Plague in India, 1896, 1897 - Volume 2
Year: 1896
Disease focus: Plague
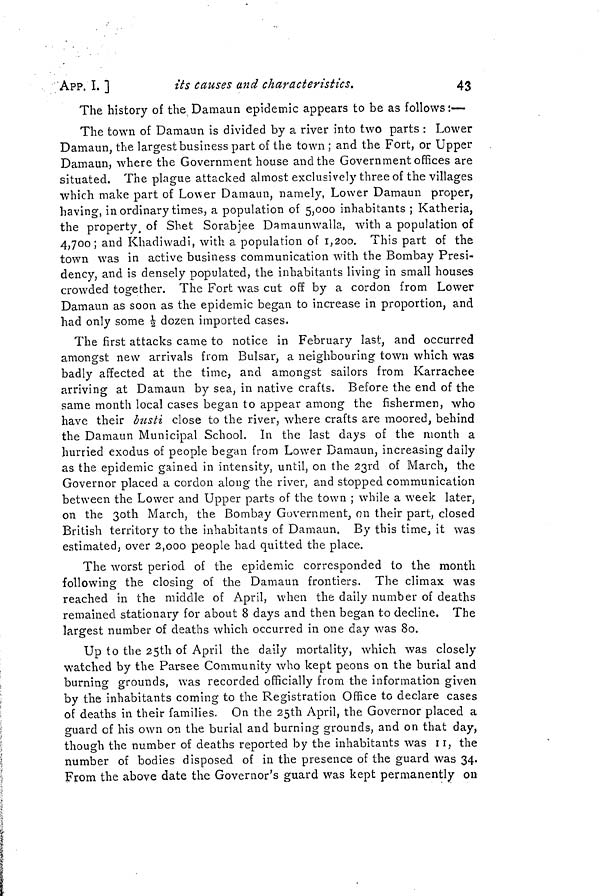
43
APP. I. ]
its causes and characteristics.
The history of the Damaun epidemic appears to be as follows:—
The town of Damaun is divided by a river into two parts : Lower
Damaun, the largest business part of the town ; and the Fort, or Upper
Damaun, where the Government house and the Government offices are
situated. The plague attacked almost exclusively three of the villages
which make part of Lower Damaun, namely, Lower Damaun proper,
having, in ordinary times, a population of 5,000 inhabitants ; Katheria,
the property, of Shet Sorabjee Damaunwalla, with a population of
4,700; and Khadiwadi, with a population of 1,200. This part of the
town was in active business communication with the Bombay Presi-
dency, and is densely populated, the inhabitants living in small houses
crowded together. The Fort was cut off by a cordon from Lower
Damaun as soon as the epidemic began to increase in proportion, and
had only some 1/2 dozen imported cases.
The first attacks came to notice in February last, and occurred
amongst new arrivals from Bulsar, a neighbouring town which was
badly affected at the time, and amongst sailors from Karrachee
arriving at Damaun by sea, in native crafts. Before the end of the
same month local cases began to appear among the fishermen, who
have their busti close to the river, where crafts are moored, behind
the Damaun Municipal School. In the last days of the month a
hurried exodus of people began from Lower Damaun, increasing daily
as the epidemic gained in intensity, until, on the 23rd of March, the
Governor placed a cordon along the river, and stopped communication
between the Lower and Upper parts of the town ; while a week later,
on the 3oth March, the Bombay Government, on their part, closed
British territory to the inhabitants of Damaun. By this time, it was
estimated, over 2,000 people had quitted the place.
The worst period of the epidemic corresponded to the month
following the closing of the Damaun frontiers. The climax was
reached in the middle of April, when the daily number of deaths
remained stationary for about 8 days and then began to decline. The
largest number of deaths which occurred in one day was 80.
Up to the 25th of April the daily mortality, which was closely
watched by the Parsee Community who kept peons on the burial and
burning grounds, was recorded officially from the information given
by the inhabitants coming to the Registration Office to declare cases
of deaths in their families. On the 25th April, the Governor placed a
guard of his own on the burial and burning grounds, and on that day,
though the number of deaths reported by the inhabitants was II, the
number of bodies disposed of in the presence of the guard was 34.
From the above date the Governor's guard was kept permanently on